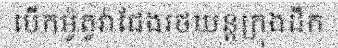
បើកម៉ូតូវ៉ាជែងរថយន្តក្រុងដឹក